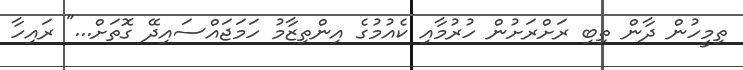
ތިމީހުން ދާން ތިބި ރަށްރަށުން ހުރުމާއި ކެއުމުގެ އިންތިޒާމު ހަމަޖައްސައިދޭ ގޮތަށް..." ރައިހާ